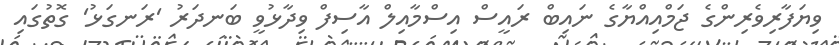
ވިޔަފާރިވެރިންގެ ޖަމްއިއްޔާގެ ނައިބް ރައީސް އިސްމާއިލް އާސިފް ވިދާޅުވީ ބަނދަރު 'ރަނގަޅު' ގޮތުގައި